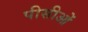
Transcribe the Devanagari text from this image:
पीसीओं